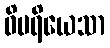
ဝိပရိယေသာ